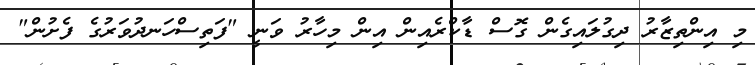
މި އިންތިޒާރު ދިގުލައިގެން ގޮސް ޑާކްރެއިން އިން މިހާރު ވަނީ "ފަތިސްހަނދުވަރުގެ ފެށުން"